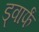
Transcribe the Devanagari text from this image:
ड्वार्फं